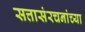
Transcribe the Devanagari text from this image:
सत्तासंरचनांच्या